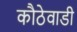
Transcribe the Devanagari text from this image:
कौठेवाडी